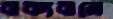
বাক্যবানে